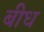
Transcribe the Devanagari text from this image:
बीध